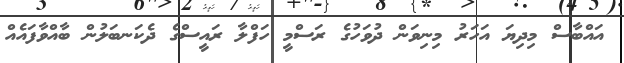
އައްބާސް މިދިޔަ އަހަރު މިނިވަން ދުވަހުގެ ރަސްމީ ހަފްލާ ރައީސްގެ ދެކަނބަލުން ބާއްވާފައެއް